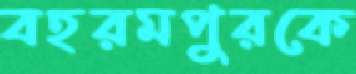
বহরমপুরকে